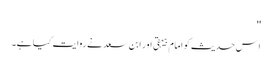
''
اِس حدیث کو امام بیہقی اور ابن سعد نے روایت کیا ہے۔